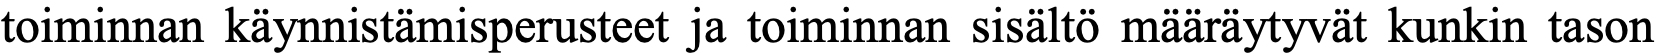
toiminnan käynnistämisperusteet ja toiminnan sisältö määräytyvät kunkin tason